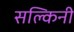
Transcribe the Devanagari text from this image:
सल्किनी